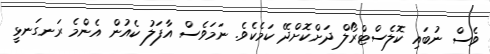
ވެސް ނުބައި ކޮލެސްޓްރޯލް ދަށްކޮށްދޭ ކަމެކެވެ. ނަމަވެސް އާފަލު ކެއުން އެންމެ ރަނގަނޅީ